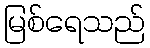
မြစ်ရေသည်